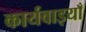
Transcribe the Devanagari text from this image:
कार्यवाइयाँ